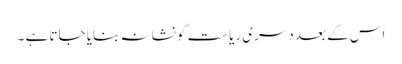
اس کے بعد دسری ریاست کو نشانہ بنایا جاتا ہے ۔